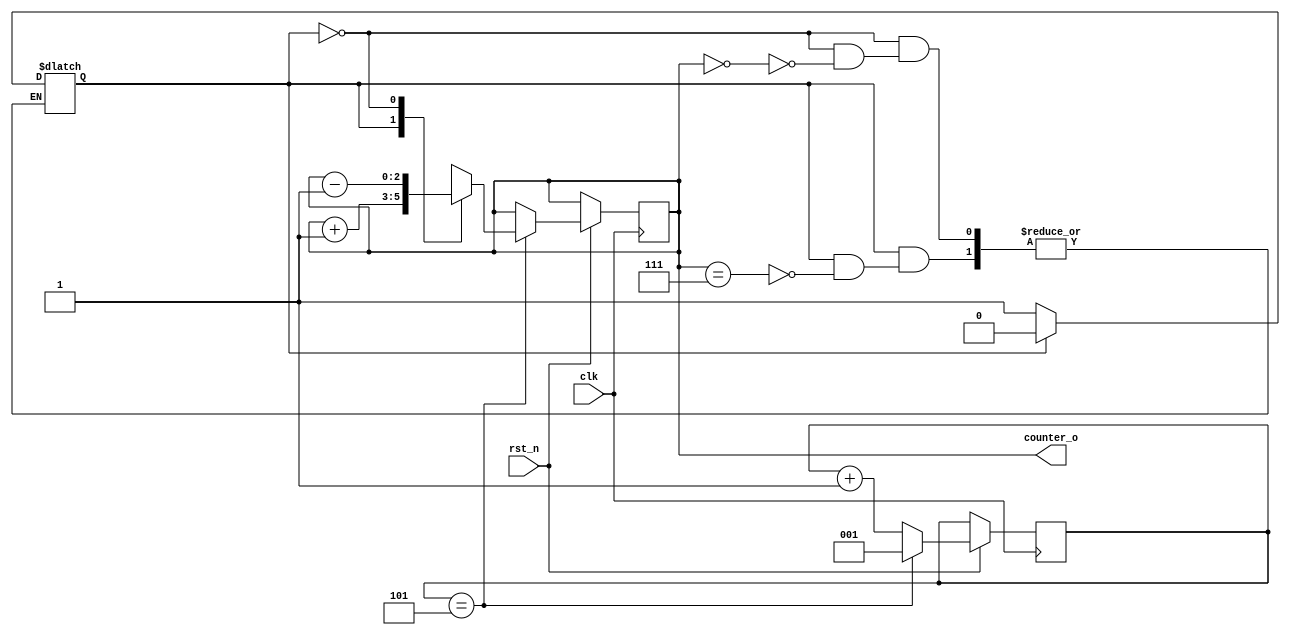
`timescale 1ns / 1ps

module counter_5clk(
    input clk,
    input rst_n,
    output [2:0]counter_o
    );
    
    localparam YUKARI_SAY = 1'b1 ;
    localparam ASAGI_SAY = 1'b0 ;
    reg [2:0]cevrim;
    reg durum ;
    reg [2:0]counter_r;
    initial begin
        durum = 1'b1 ;
        counter_r = 3'd0 ;
        cevrim = 3'd1 ;
    end
    
    always@(posedge clk, negedge rst_n)begin
        if(rst_n == 1'b0)begin
            // tum regleri 0'la 
        end
        else begin
            if(cevrim == 3'd5)begin 
                case(durum)
                    YUKARI_SAY : begin
                        counter_r <= counter_r + 1 ;
                    end
                    ASAGI_SAY : begin
                        counter_r <= counter_r - 1 ;
                    end
                endcase
                
                cevrim <= 3'd1 ;  
            end
            else begin
                cevrim <= cevrim + 1 ;
            end
        end
    end
    
    always@(*)begin
        
        case(durum)
            YUKARI_SAY : begin
                if(counter_r == 3'b111)begin
                    durum = ASAGI_SAY ;
                end
            end
            ASAGI_SAY : begin
                if(counter_r == 3'b000)begin
                    durum = YUKARI_SAY ;
                end
            end
        endcase
    end
    
    assign counter_o = counter_r ;
    
endmodule